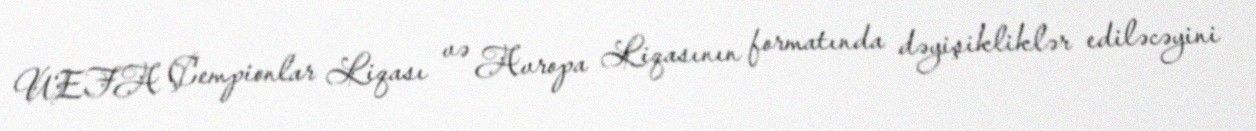
UEFA Çempionlar Liqası və Avropa Liqasının formatında dəyişikliklər ediləcəyini